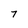
Character: 7